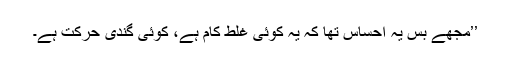
’’مجھے بس یہ احساس تھا کہ یہ کوئی غلط کام ہے، کوئی گندی حرکت ہے۔